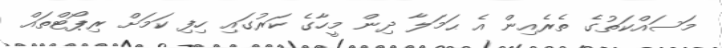
މަސައްކަތުގެ ތެރެއިން އެ ޙަމަލާ ދިން މީހާގެ ކަރުގައި ހިފި ކަމަށް ރިޕޯޓްތައް